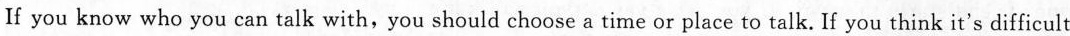
If you know who you can talk with,you should choose a time or place to talk. If you think it's difficult